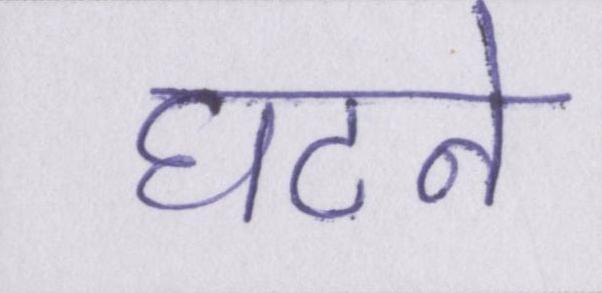
घटने